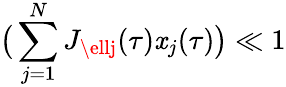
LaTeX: \big(\sum_{j=1}^{N}J_{\ellj}(\tau)\mathit{x}_{j}(\tau)\big)\ll1